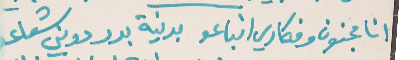
انا مجنون وفكاري انباعو   بدنية بدر دوني شعاعو